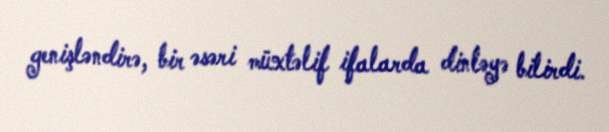
genişləndirə, bir əsəri müxtəlif ifalarda dinləyə bilirdi.